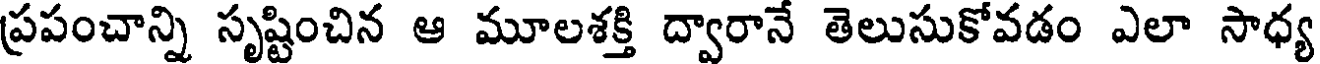
ప్రపంచాన్ని సృష్టించిన ఆ మూలశక్తి ద్వారానే తెలుసుకోవడం ఎలా సాధ్య